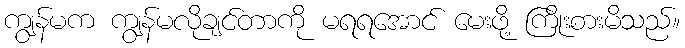
ကျွန်မက ကျွန်မလိုချင်တာကို မရရအောင် မေးဖို့ ကြိုးစားမိသည်။